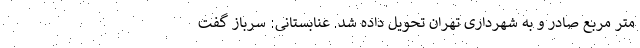
متر مربع صادر و به شهرداری تهران تحویل داده شد. عنابستانی: سرباز گفت